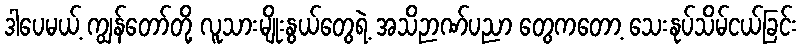
ဒါပေမယ့် ကျွန်တော်တို့ လူသားမျိုးနွယ်တွေရဲ့ အသိဉာဏ်ပညာ တွေကတော့ သေးနုပ်သိမ်ငယ်ခြင်း